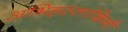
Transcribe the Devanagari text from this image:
अभिहस्तांकिनी